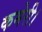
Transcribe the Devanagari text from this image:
कमेरी।